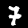
Digit: 7